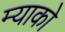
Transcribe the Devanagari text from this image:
म्याको